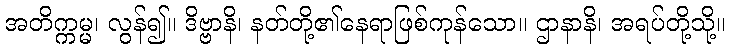
အတိက္ကမ္မ၊ လွန်၍။ ဒိဗ္ဗာနိ၊ နတ်တို့၏နေရာဖြစ်ကုန်သော။ ဌာနာနိ၊ အရပ်တို့သို့။